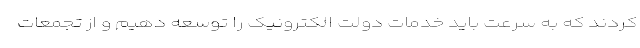
کردند که به سرعت باید خدمات دولت الکترونیک را توسعه دهیم و از تجمعات